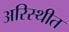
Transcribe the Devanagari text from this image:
अरिस्थीत